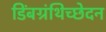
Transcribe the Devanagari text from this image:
डिंबग्रंथिच्छेदन